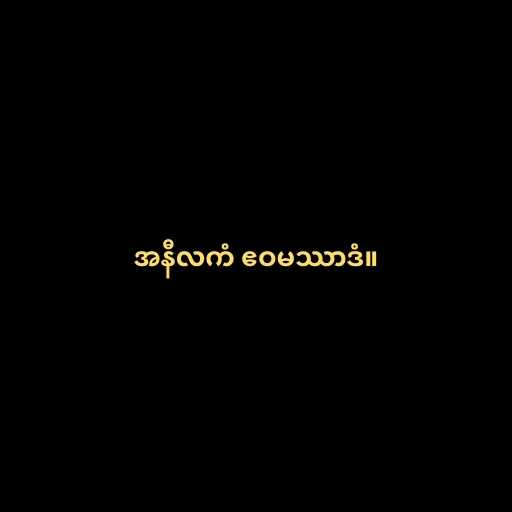
အနီလကံ ဧဝမဿာဒံ။